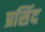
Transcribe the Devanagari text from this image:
प्रसिंद